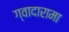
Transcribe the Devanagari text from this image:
ग्वादारामा